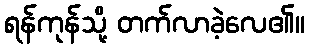
ရန်ကုန်သို့ တက်လာခဲ့လေ၏။